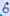
Text: 6